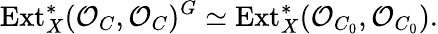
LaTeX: \mathrm{Ext}_{X}^{*}({\cal O}_{C},{\cal O}_{C})^{G}\simeq\mathrm{Ext}_{X}^{*}({\cal O}_{C_{0}},{\cal O}_{C_{0}}).